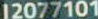
12077101